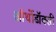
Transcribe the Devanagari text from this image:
ऑर्थोडॉक्सी